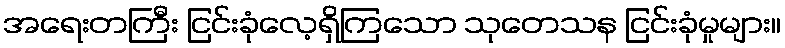
အရေးတကြီး ငြင်းခုံလေ့ရှိကြသော သုတေသန ငြင်းခုံမှုများ။